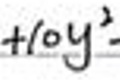
$+ 1 0 y ^ { 2 }$